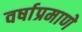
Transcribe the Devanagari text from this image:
वर्षाप्रमाणे